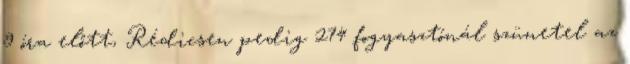
9 óra előtt, Rédicsen pedig 274 fogyasztónál szünetel az